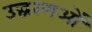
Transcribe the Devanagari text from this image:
उद्धरणओं